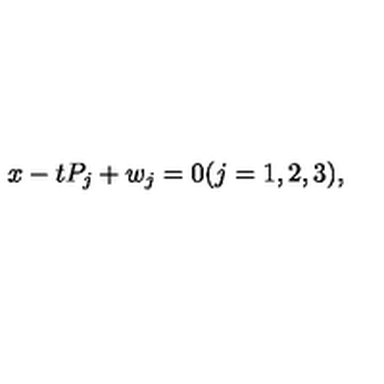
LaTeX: x - t P _ { j } + w _ { j } = 0 ( j = 1 , 2 , 3 ) ,